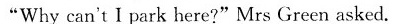
"Whycan't I park here?" Mrs Green asked.